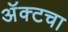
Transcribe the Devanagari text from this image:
अॅक्टचा